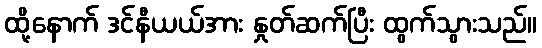
ထို့နောက် ဒင်နီယယ်အား နှုတ်ဆက်ပြီး ထွက်သွားသည်။